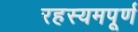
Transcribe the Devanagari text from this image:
रहस्यमपूर्ण